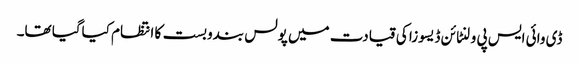
ڈی وائی ایس پی ولنٹائن ڈیسوزا کی قیادت میں پولس بندوبست کا انتظام کیاگیا تھا۔